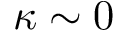
\kappa \sim 0